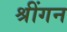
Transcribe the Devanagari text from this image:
श्रींगन